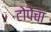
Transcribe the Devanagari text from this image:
टोपेंचा